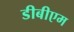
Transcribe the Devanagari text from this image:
डीबीएम